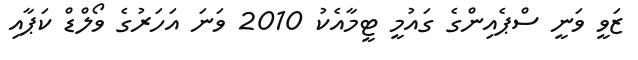
ޒަވީ ވަނީ ސްޕެއިންގެ ގައުމީ ޓީމާއެކު 2010 ވަނަ އަހަރުގެ ވޯލްޑް ކަޕާއި